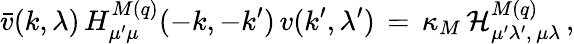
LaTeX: \bar{v}(k,\lambda)\, H_{\mu^{\prime}\mu}^{M(q)}(-k,-k^{\prime})\, v(k^{\prime},\lambda^{\prime})\, =\, \kappa_{M}\, {\cal H}_{\mu^{\prime}\lambda^{\prime},\, \mu\lambda}^{M(q)}\, ,